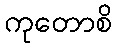
ကုတောစိ